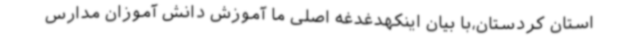
استان کردستان،با بیان اینکهدغدغه اصلی ما آموزش دانش آموزان مدارس